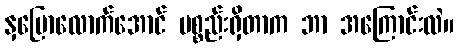
နှမြောလောက်အောင် ပစ္စည်းရှိတာက ဘာ အကြောင်းလဲ။